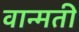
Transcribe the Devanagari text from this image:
वान्मती